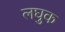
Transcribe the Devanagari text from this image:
लघुक